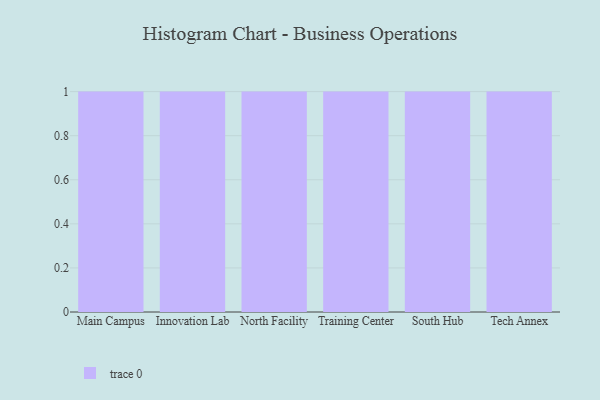
{"axis": {"x": "Campus", "y": "Gross Profit (USD K)"}, "legend": [""], "data": [{"x": "Main Campus", "y": 67, "type": ""}, {"x": "Innovation Lab", "y": 11, "type": ""}, {"x": "North Facility", "y": 91, "type": ""}, {"x": "Training Center", "y": 57, "type": ""}, {"x": "South Hub", "y": 31, "type": ""}, {"x": "Tech Annex", "y": 36, "type": ""}]}